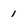
Character: 1